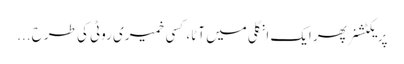
پریکٹشنر پھر ایک انگلی میں آٹا، کسی خمیری روٹی کی طرح ...